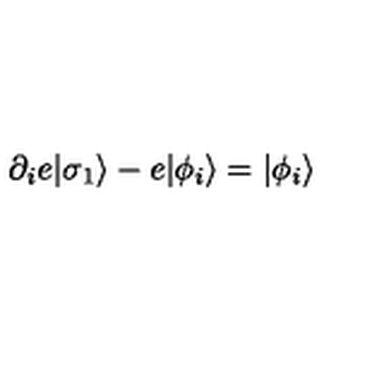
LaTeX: \partial _ { i } e | \sigma _ { 1 } \rangle - e | \phi _ { i } \rangle = | \phi _ { i } \rangle \,